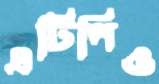
এটিপিও